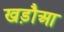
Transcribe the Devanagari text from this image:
खड़ौआ